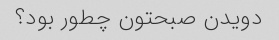
دویدن صبحتون چطور بود؟